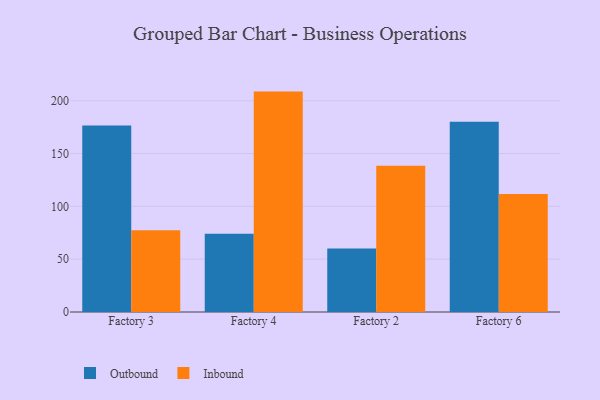
{"axis": {"x": "Factory", "y": "Website Visitors"}, "legend": ["Inbound", "Outbound"], "data": [{"x": "Factory 3", "y": 176.6, "type": "Outbound"}, {"x": "Factory 3", "y": 77.4, "type": "Inbound"}, {"x": "Factory 4", "y": 74.0, "type": "Outbound"}, {"x": "Factory 4", "y": 208.6, "type": "Inbound"}, {"x": "Factory 2", "y": 60.2, "type": "Outbound"}, {"x": "Factory 2", "y": 138.5, "type": "Inbound"}, {"x": "Factory 6", "y": 180.0, "type": "Outbound"}, {"x": "Factory 6", "y": 111.6, "type": "Inbound"}]}